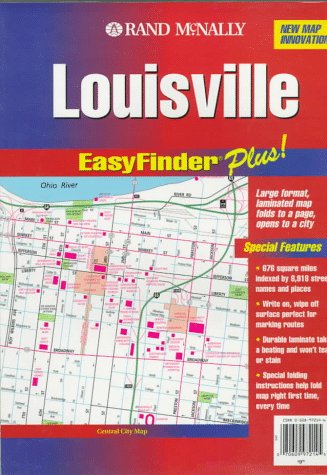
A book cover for Rand McNally Louisville, Ky Easyfinder Plus Map; Rand McNally and Company; Travel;